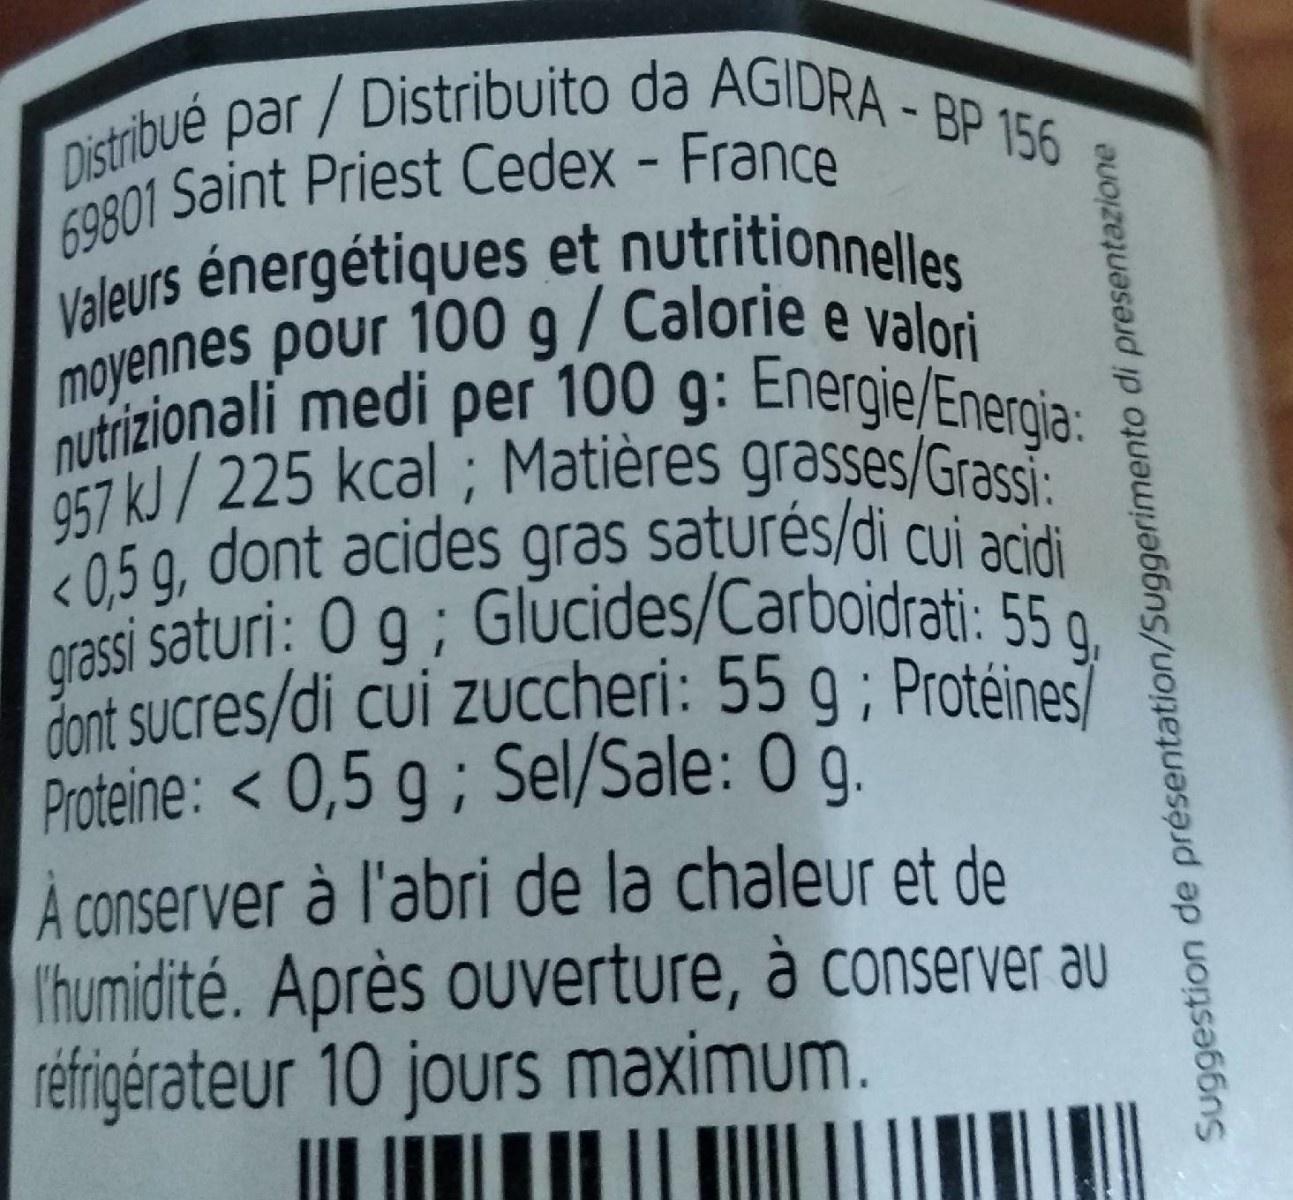
Distribue par/Distribuito da AGIDRA - BP 156 69801 Saint Priest Cedex - France Valeurs énergétiques et nutritionnelles moyennes pour 100 g / Calorie e valori nutrizionali medi per 100 g: Energie/Energja: 957 kJ/225 kcal ; Matières grasses/Grassi: <0,5 g, dont acides gras saturés/di cui acidi grassi saturi: 0 g; Glucides/Carboidrati: 55 g dont sucres/di cui zuccheri: 55 g ; Protéines/ Proteine: < 0,5 g ; Sel/Sale: 0 g. À conserver à l'abri de la chaleur et de I'humidité. Après ouverture, à conserver au réfrigérateur 10 jours maximum.
Suggestion de présentation/Suggerimento di presentazione